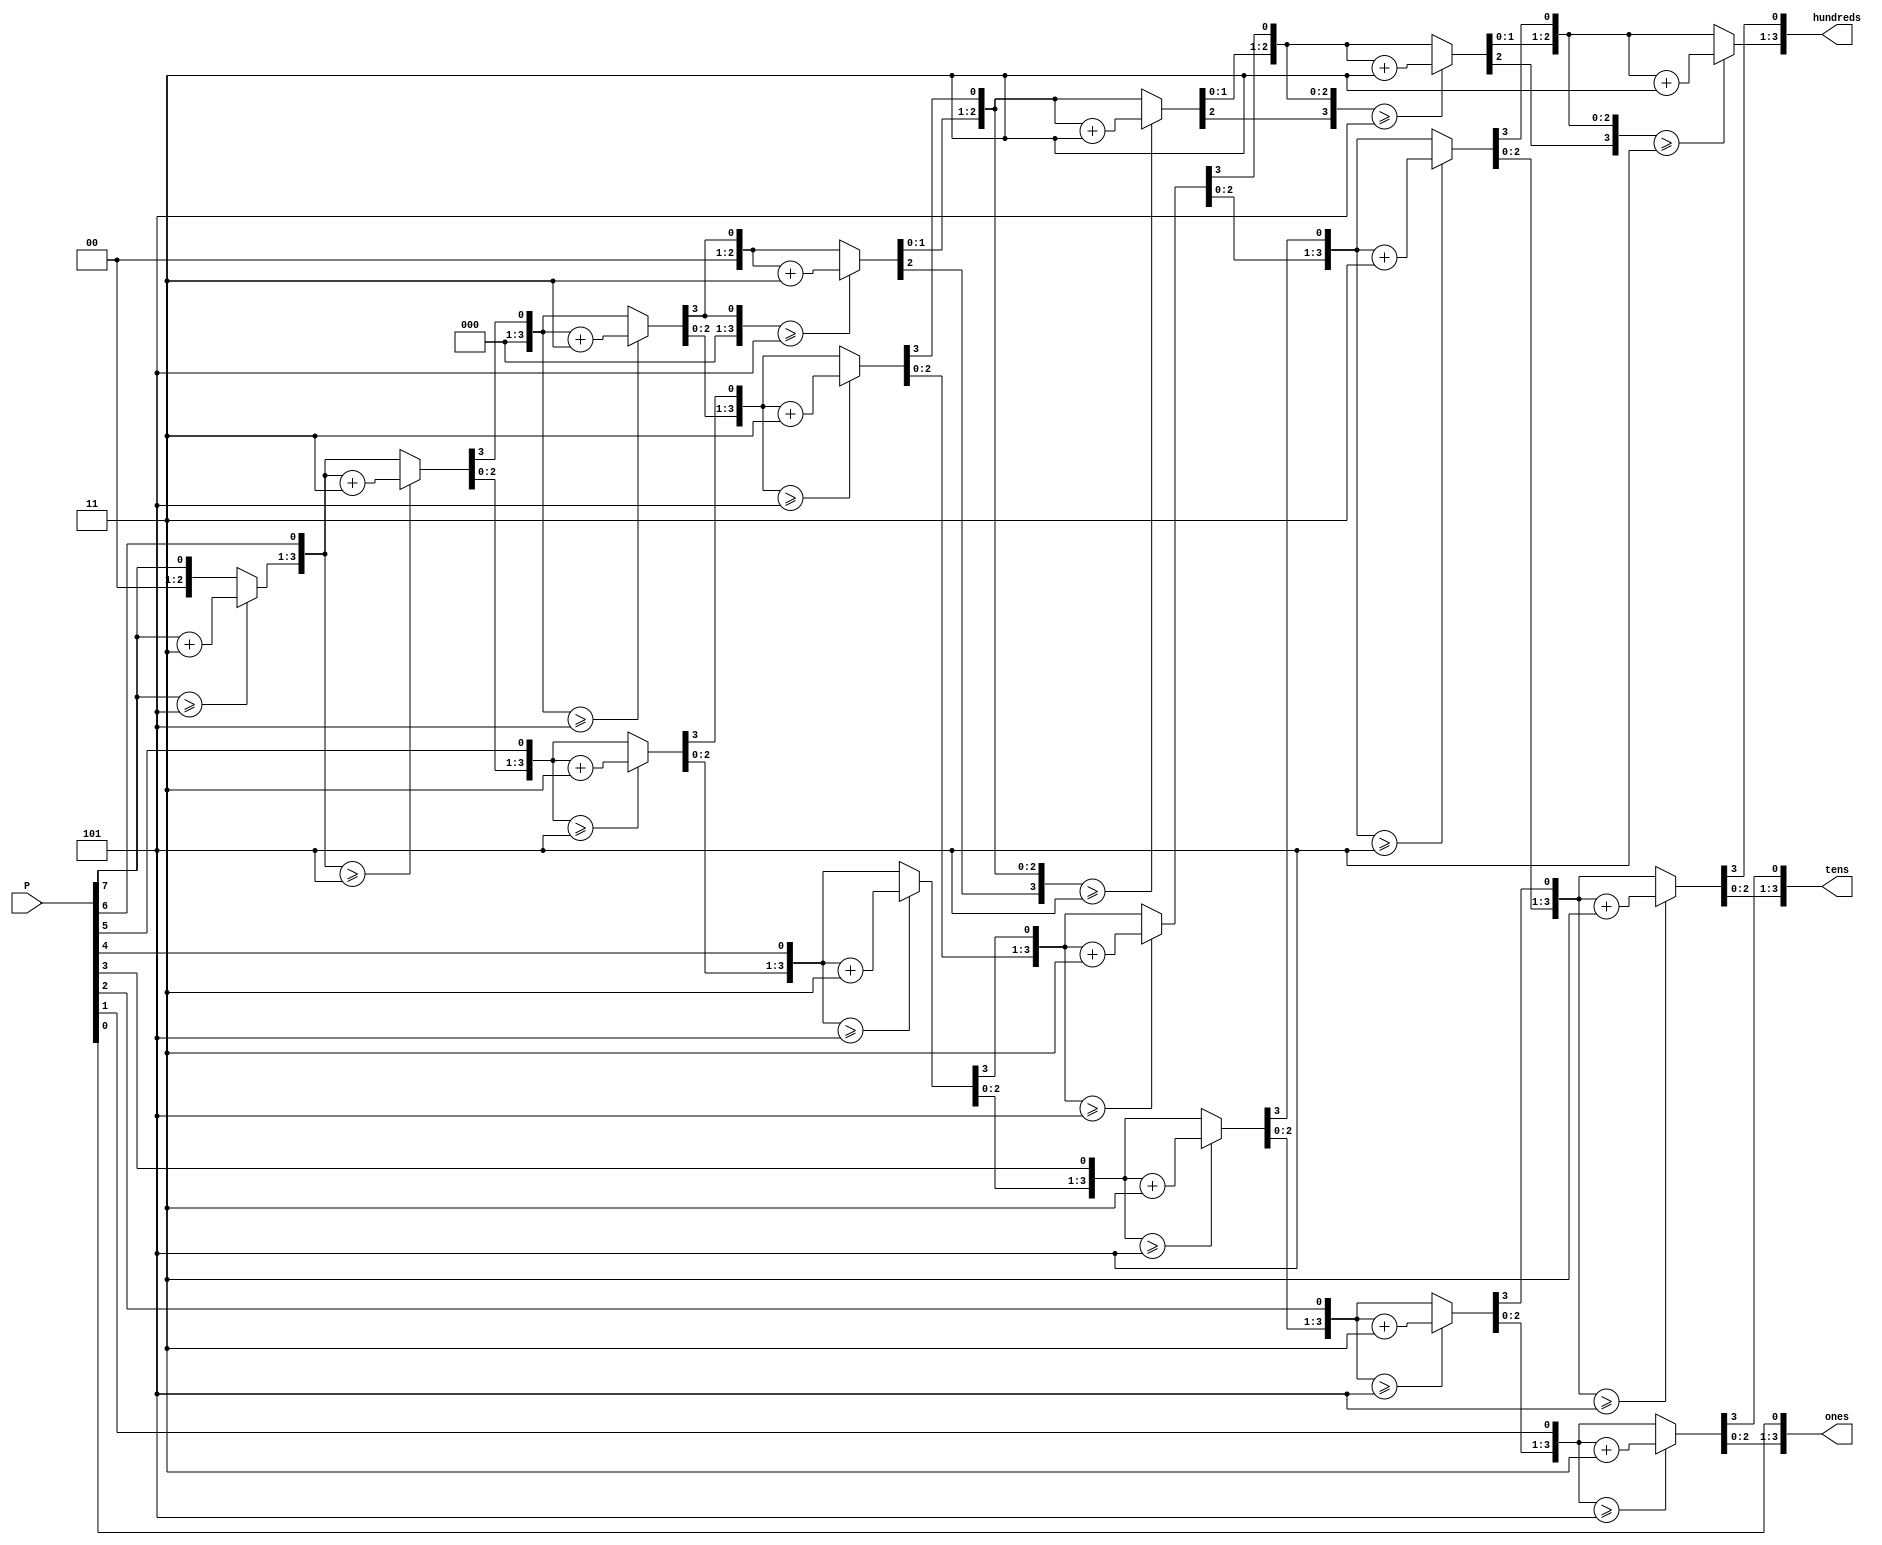
`timescale 1ns / 1ps
//////////////////////////////////////////////////////////////////////////////////
// Company: 
// Engineer: 
// 
// Design Name: 
// Module Name: P_2_BCD
// Project Name: 
// Target Devices: 
// Tool Versions: 
// Description: 
// 
// Dependencies: 
// 
// Revision:
// Revision 0.01 - File Created
// Additional Comments:
// 
//////////////////////////////////////////////////////////////////////////////////


module P_2_BCD(
input [7:0] P,
output reg [3:0] hundreds, tens, ones
);

integer i;
always @ (P)
begin
    hundreds = 4'd0;
    tens     = 4'd0;
    ones     = 4'd0;
    
    for (i = 7; i >= 0; i= i - 1)
    begin
        if (hundreds >= 5)
            hundreds = hundreds + 3;
        if (tens >= 5)
            tens = tens + 3;
        if (ones >= 5)
            ones = ones + 3;
        
        hundreds = hundreds << 1;
        hundreds[0] = tens[3];
        tens = tens << 1;
        tens[0] = ones[3];
        ones = ones << 1;
        ones[0] = P[i];
    end
end

endmodule